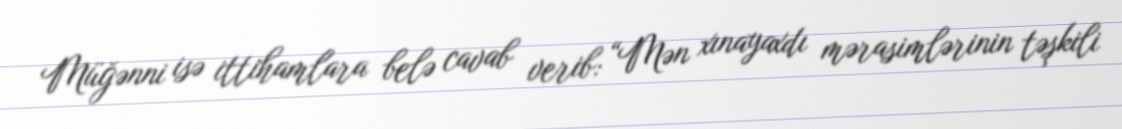
Müğənni isə ittihamlara belə cavab verib: “Mən xınayaxdı mərasimlərinin təşkili